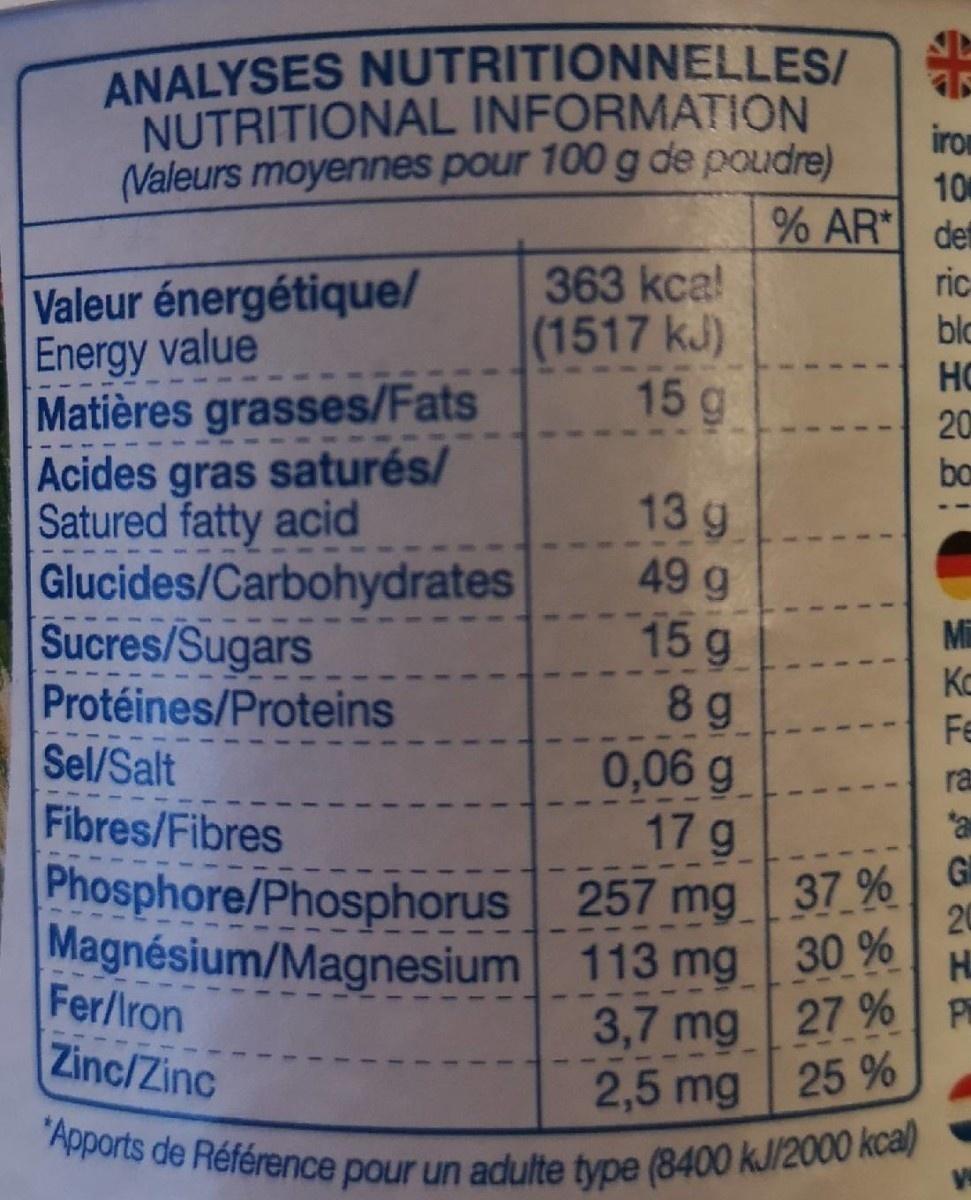
ANALYSES NUTRITIONNELLES/ NUTRITIONAL INFORMATION (Valeurs moyennes pour 100 g de poudre)
iron
10
AR def
363 kca! (1517 kJ) 15 g
Valeur énergétique/ Energy value Matières grasses/Fats Acides gras saturés/ Satured fatty acid Glucides/Carbohydrates Sucres/Sugars Protéines/Proteins Sel/Salt Fibres/Fibres
ric
blo
HO
20
ba
13 g
49 g
15 g 8g 0,06 g 17 g Phosphore/Phosphorus 257 mg 37 % Magnésium/Magnesium 113 mg 30 %
Mi
Ko
Fe
ra
a
Gl 20
Fer/Iron Zinc/Zinc
3,7 mg 27 % Pi
2,5 mg
25 %
"Apports de Référence pour un adulte type (8400 kJ/2000 kca)